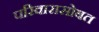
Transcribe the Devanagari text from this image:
परिवारासोबत